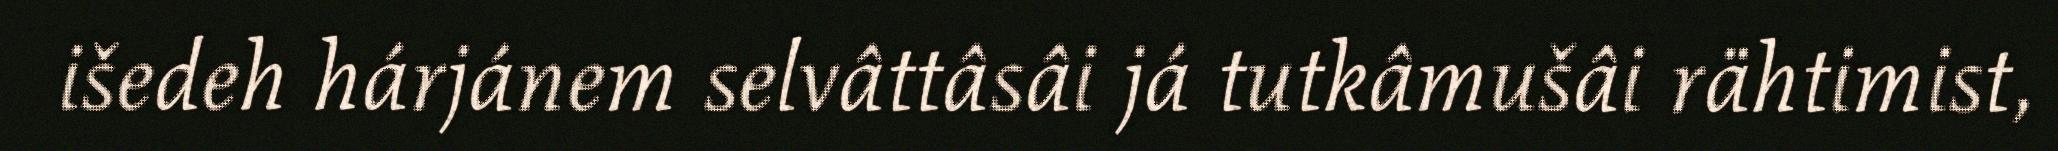
išedeh hárjánem selvâttâsâi já tutkâmušâi rähtimist,